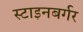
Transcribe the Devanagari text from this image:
स्टाइनबर्गर